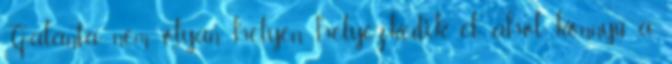
Galánta nem olyan helyen helyezkedik el, ahol könnyű a